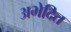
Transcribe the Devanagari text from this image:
अभेदित